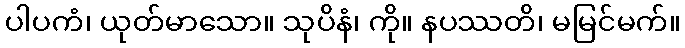
ပါပကံ၊ ယုတ်မာသော။ သုပိနံ၊ ကို။ နပဿတိ၊ မမြင်မက်။